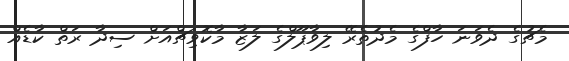
މެޗުގެ ދެވަނަ ހާފްގެ މެދުތެރޭ ލިވާޕޫލްގެ ލަޒާ މާކޮވިޗްއަށް ސިދާ ރަތް ކާޑެއް